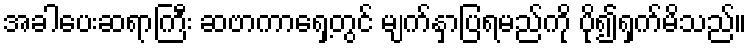
အခါပေးဆရာကြီး ဆဗာကာရှေ့တွင် မျက်နှာပြရမည်ကို ပို၍ရှက်မိသည်။